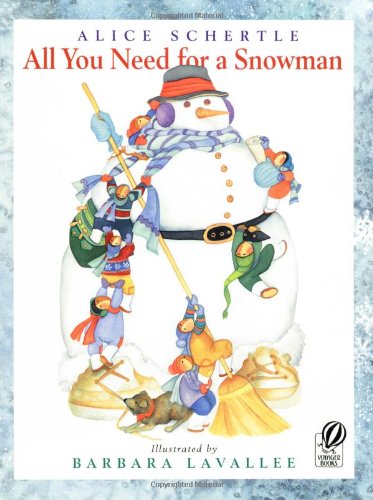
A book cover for All You Need for a Snowman; Alice Schertle; Children's Books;